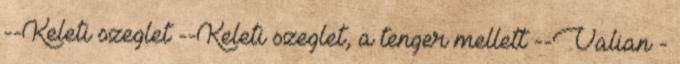
--Keleti szeglet --Keleti szeglet, a tenger mellett --Valian -